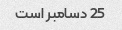
25 دسامبر است